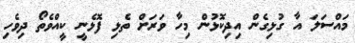
މައްސަލަ އާ ގުޅިގެން އިދިކޮޅުން މިހާ ވަރަށް ތެޅި ފޮޅެނީ ކީއްވެތޯ ދިވެހި